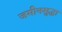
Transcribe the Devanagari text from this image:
जमीनसुद्धा